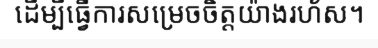
ដើម្បីធ្វើការសម្រេចចិត្តយ៉ាងរហ័ស។